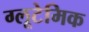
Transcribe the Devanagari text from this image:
ग्लूटेमिक